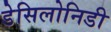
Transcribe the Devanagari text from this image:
डेसिलोनिडी